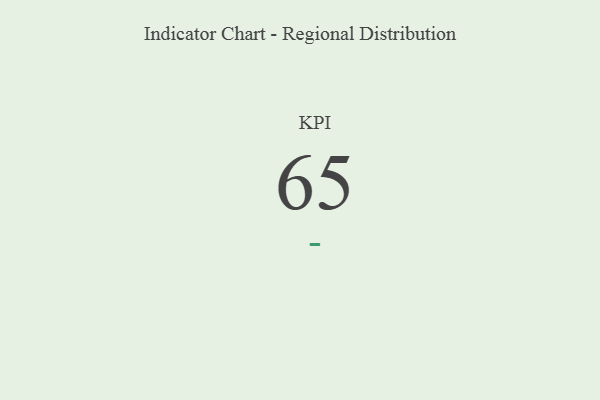
{"axis": {"x": "KPI", "y": "Value"}, "legend": [""], "data": [{"x": "KPI", "y": 65, "type": ""}]}